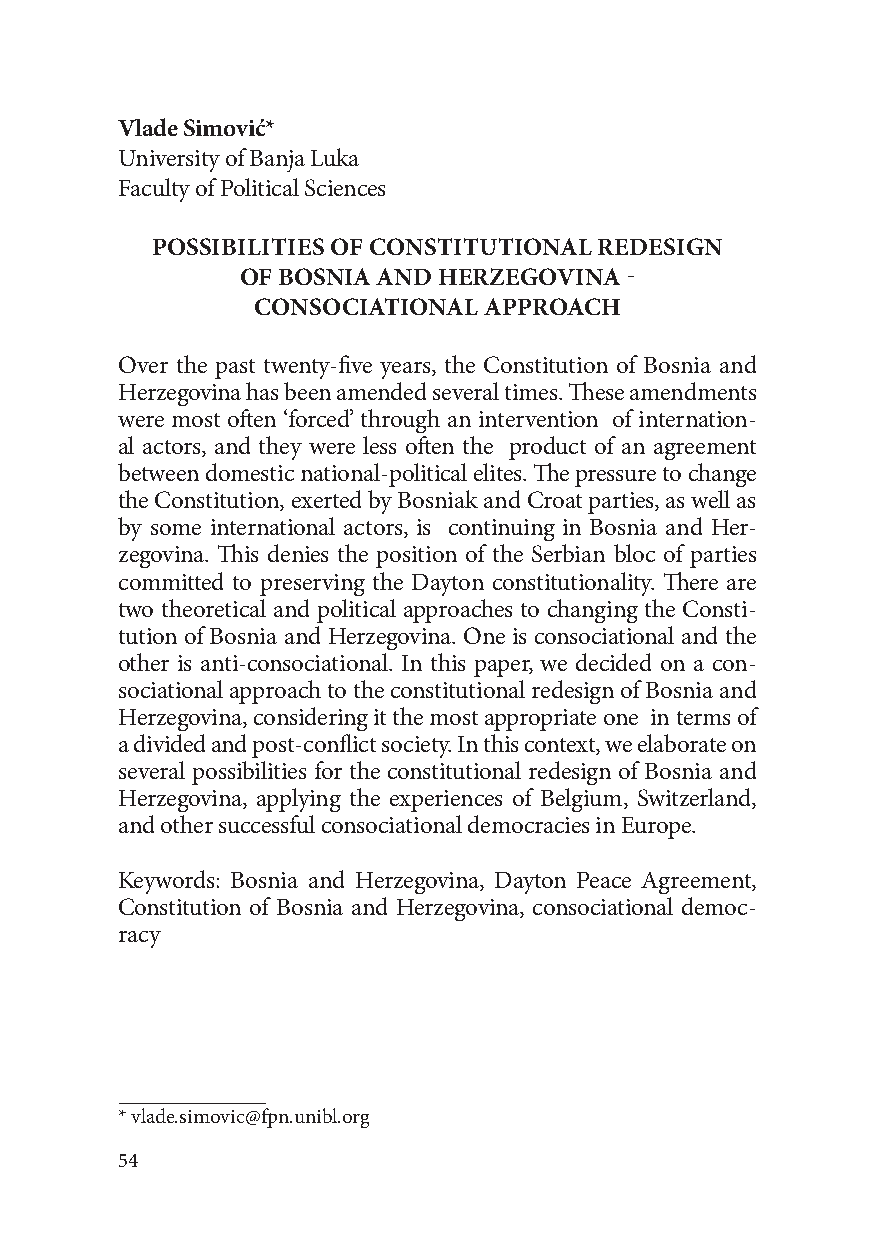
Vlade Simović*
 University of Banja Luka
 Faculty of Political Sciences
 POSSIBILITIES OF CONSTITUTIONAL REDESIGN
 OF BOSNIA AND HERZEGOVINA -
 CONSOCIATIONAL APPROACH
 Over the past twenty-five years, the Constitution of Bosnia and
 Herzegovina has been amended several times. These amendments
 were most often ‘forced’ through an intervention of internation-
 al actors, and they were less often the product of an agreement
 between domestic national-political elites. The pressure to change
 the Constitution, exerted by Bosniak and Croat parties, as well as
 by some international actors, is continuing in Bosnia and Her-
 zegovina. This denies the position of the Serbian bloc of parties
 committed to preserving the Dayton constitutionality. There are
 two theoretical and political approaches to changing the Consti-
 tution of Bosnia and Herzegovina. One is consociational and the
 other is anti-consociational. In this paper, we decided on a con-
 sociational approach to the constitutional redesign of Bosnia and
 Herzegovina, considering it the most appropriate one in terms of
 a divided and post-conflict society. In this context, we elaborate on
 several possibilities for the constitutional redesign of Bosnia and
 Herzegovina, applying the experiences of Belgium, Switzerland,
 and other successful consociational democracies in Europe.
 Keywords: Bosnia and Herzegovina, Dayton Peace Agreement,
 Constitution of Bosnia and Herzegovina, consociational democ-
 racy
 * vlade.simovic@fpn.unibl.org
 54